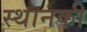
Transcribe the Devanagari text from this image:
स्‍थानकी